Medical and sanitary report of the native army of Madras for the year
Year: 1877
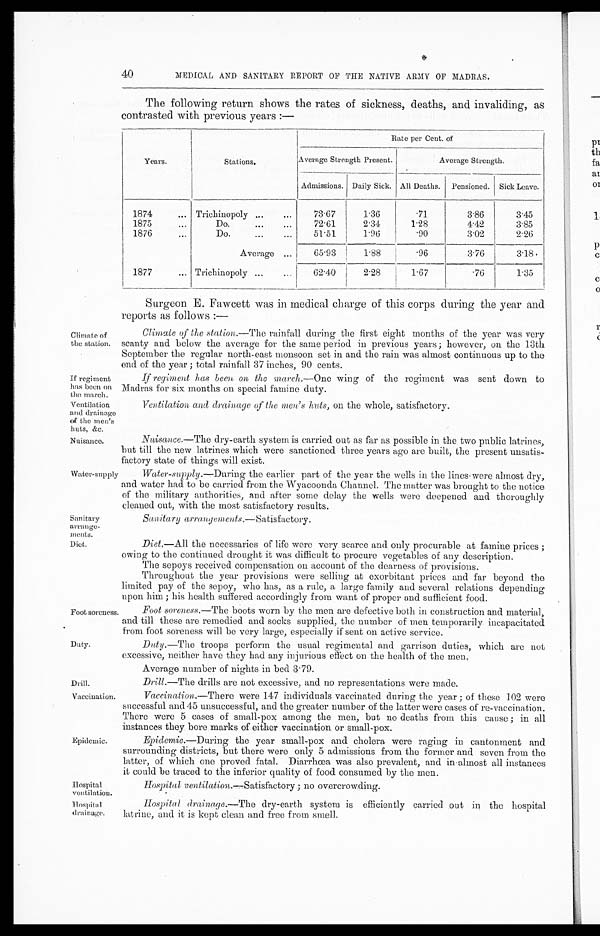
Climate of
the station.
If regiment
has been on
the march.
Ventilation
and drainage
of the men's
huts, &c.
Nuisance.
Drill.
Vaccination.
Hospital
ventilation.
Hospital drainage.
40
MEDICAL AND SANITARY REPORT OF THE NATIVE ARMY OF MADRAS.
Water-supply
The following return shows the rates of sickness, deaths, and invaliding, as
contrasted with previous years :—
Years.
Stations.
Rate per Cent. of
Average Strength Present.
Average Strength.
Admissions. Daily Sick. All Deaths.
Pensioned. Sick Leave.
1874
... Trichinopoly ...
...
73. 67
1.36 .71
3
.86
3
.45
1875
...
Do.
...
...
72.61
2.34
1
.28
4.42
3.85
1876
. . .
Do.
...
...
51.51
1 . 96
.90
3.02
2.26
Average
. . .
65.93
1.88
.96
3.76
3.18
1877
... Trichinopoly ...
...
62.40
2.28
1.67
.76
1.35
Surgeon E. Fawcett was in medical charge of this corps during the year and
reports as follows :—
Climate of the station.— The rainfall during the first eight months of the year was very
scanty and below the average for the same period in previous years; however, on the 13th
September the regular north-east monsoon set in and the rain was almost continuous up to the
end of the year ; total rainfall 37 inches, 90 cents.
If regiment has been on the march.— One wing of the regiment was sent down to
Madras for six months on special famine duty.
Ventilation and drainage of the men's huts, on the whole, satisfactory.
Nuisance.
—The dry-earth system is carried out as far as possible in the two public latrines,
but till the new latrines which were sanctioned three years ago are built, the present unsatis-
factory state of things will exist.
Water-supply .—During the earlier part of the year the wells in the lines were almost dry,
and water had to be carried from the Wyacoonda Channel. The matter was brought to the notice
of the military authorities, and after some delay the wells were deepened and thoroughly
cleaned out, with the most satisfactory results.
Sanitary arrange-
ments.
Diet.
Foot soreness.
Duty.
Epidemic.
Sanitary arrangements
. — Satisfactory.
Diet.— All the necessaries of life were very scarce and only procurable at famine prices ;
owing to the continued drought it was difficult to procure vegetables of any description.
The sepoys received compensation on account of the dearness of provisions.
Throughout the year provisions were selling at exorbitant prices and far beyond the
limited pay of the sepoy, who has, as a rule, a large family and several relations depending
upon him ; his health suffered accordingly from want of proper and sufficient food.
Foot soreness . —The boots worn by the men are defective both in construction and material,
and till these are remedied and socks supplied, the number of men temporarily incapacitated
from foot soreness will be very large, especially if sent on active service.
Duty . —The troops perform the usual regimental and garrison duties, which are not
excessive, neither have they had any injurious effect on the health of the men.
Average number of nights in bed 3.79.
Drill .—The drills are not excessive, and no representations were made.
Vaccination . —There were 147 individuals vaccinated during the year ; of these 102 were
successful and 45 unsuccessful, and the greater number of the latter were cases of re-vaccination.
There were 5 cases of small-pox among the men, but no deaths from this cause ; in all
instances they bore marks of either vaccination or small-pox.
Epidemic .—During the year small-pox and cholera were raging in cantonment and
surrounding districts, but there were only 5 admissions from the former and seven from the
latter, of which one proved fatal. Diarrhœa was also prevalent, and in almost all instances
it could be traced to the inferior quality of food consumed by the men.
Hospital ventilation .—Satisfactory ; no overcrowding.
Hospital drainage .—The dry-earth system is efficiently carried out in the hospital
latrine, and it is kept clean and free from smell.